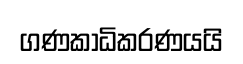
ගණකාධිකරණයයි